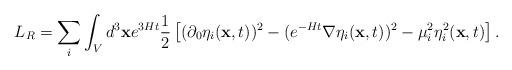
LaTeX: \begin{align*}L_R= \sum_i \int_V d^3{\bf x} e^{3Ht} \frac{1}{2}\left[ (\partial_0 \eta_i({\bf x},t))^2-(e^{-Ht}{\bf \nabla} \eta_i({\bf x},t))^2 - \mu_i^2 \eta_i^2({\bf x},t)\right].\end{align*}